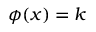
\phi ( x ) = k